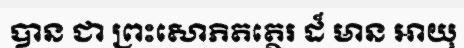
បាន ជា ព្រះសោភិតត្ថេរ ដ៏ មាន អាយុ